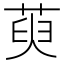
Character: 萸